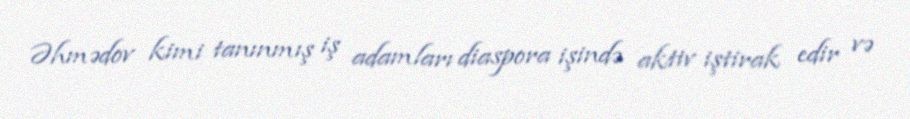
Əhmədov kimi tanınmış iş adamları diaspora işində aktiv iştirak edir və